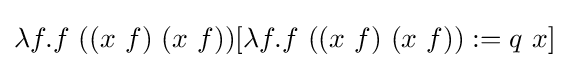
\lambda f.f\ ((x\ f)\ (x\ f))[\lambda f.f\ ((x\ f)\ (x\ f)):=q\ x]